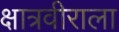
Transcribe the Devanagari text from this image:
क्षात्रवीराला